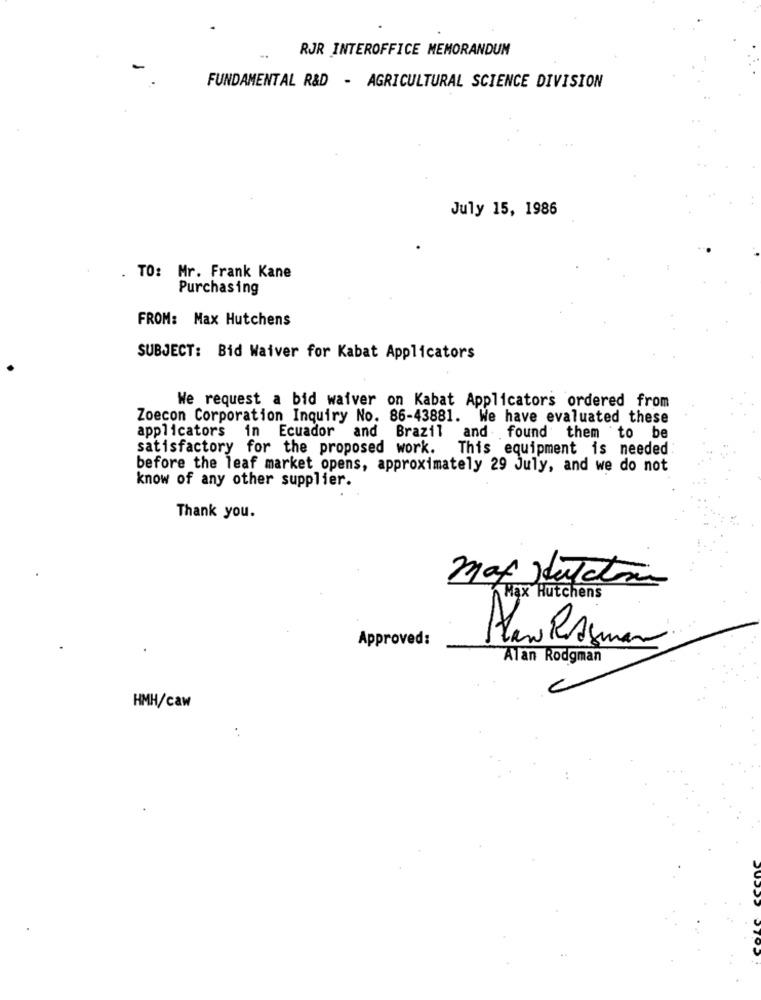
RJR INTEROFFICE MEMORANDUM
FUNDAMENTAL R&D - AGRICULTURAL SCIENCE DIVISION
July 15, 1986
TO: Mr. Frank Kane
Purchasing
FROM: Max Hutchens
SUBJECT: Bid Waiver for Kabat Applicators
We request a bid waiver on Kabat Applicators ordered from
Zoecon Corporation Inquiry No. 86-43881. We have evaluated these
applicators in Ecuador and Brazil
and found them to be
satisfactory for the proposed work. This equipment is needed
before the leaf market opens, approximately 29 July, and we do not
know of any other supplier.
Thank you.
max stutation
Max Hutchens
Approved:
Alen Rsman
Alan Rodgman
HMH/caw